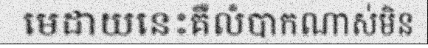
មេដាយនេះគឺលំបាកណាស់មិន